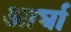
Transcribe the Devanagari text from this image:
आर्घा